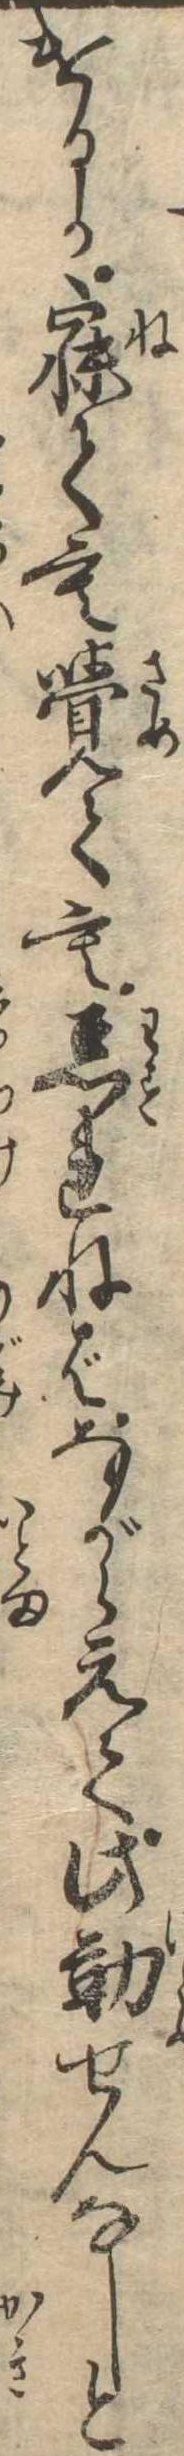
けるか寐ても覚ても忘れねばながらえて此勤せんなしと